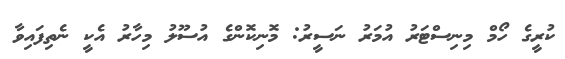
ކުރީގެ ހޯމް މިނިސްޓަރު އުމަރު ނަސީރު: މޮނިކޮންގެ އުސޫލު މިހާރު އެކީ ނެތިފައިވާ